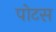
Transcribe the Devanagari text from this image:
पोटस